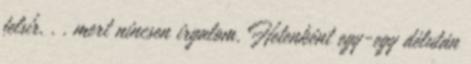
felsír. . . mert nincsen irgalom. Hetenként egy-egy délután